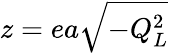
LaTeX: z=ea\sqrt{-Q_{L}^{2}}